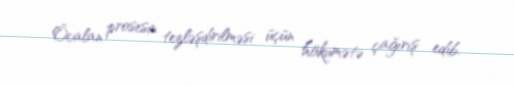
Öcalan prosesin tezləşdirilməsi üçün hökumətə çağırış edib.